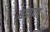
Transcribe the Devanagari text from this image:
बडाया